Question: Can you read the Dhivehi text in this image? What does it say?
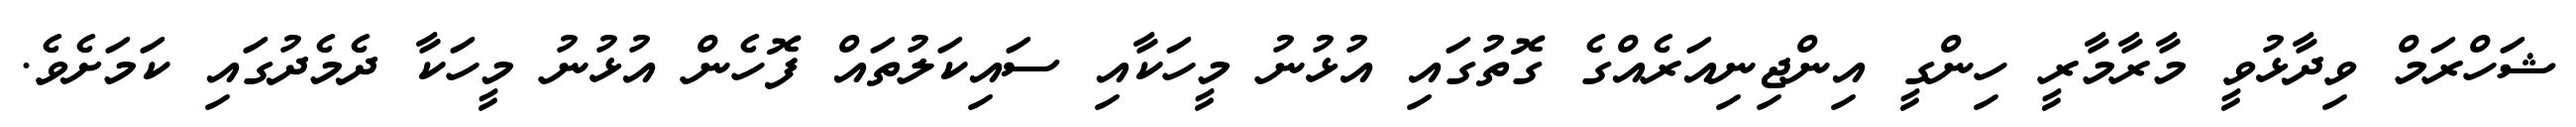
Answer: ޝަހްރަމް ވިދާޅުވީ މާރާމާރީ ހިންގީ އިންޖިނިއަރެއްގެ ގޮތުގައި އުޅުނު މީހަކާއި ސައިކަލުތައް ފޮހެން އުޅުނު މީހަކާ ދެމެދުގައި ކަމަށެވެ.